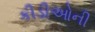
કીડીઓની